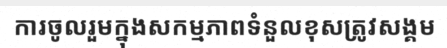
ការចូលរួមក្នុងសកម្មភាពទំនួលខុសត្រូវសង្គម